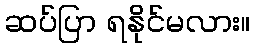
ဆပ်ပြာ ရနိုင်မလား။